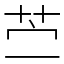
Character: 苎